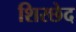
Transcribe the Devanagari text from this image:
शिरछेद